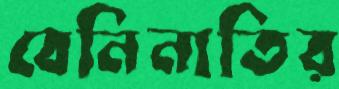
বেনিনাতির